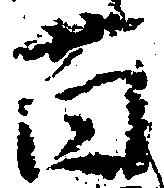
薗